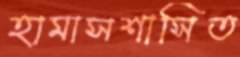
হামাসশাসিত